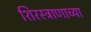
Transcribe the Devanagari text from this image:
शिरस्त्राणाच्या